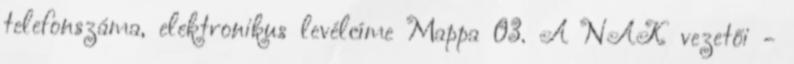
telefonszáma, elektronikus levélcíme Mappa 03. A NAK vezetői -